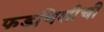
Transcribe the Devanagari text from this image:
फडणिशीची